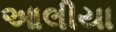
આલીયા